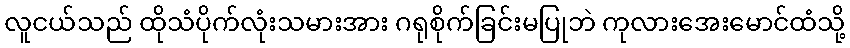
လူငယ်သည် ထိုသံပိုက်လုံးသမားအား ဂရုစိုက်ခြင်းမပြုဘဲ ကုလားအေးမောင်ထံသို့